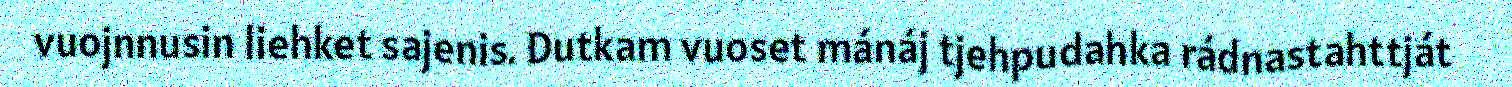
vuojnnusin liehket sajenis. Dutkam vuoset mánáj tjehpudahka rádnastahttját